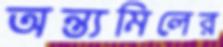
অন্ত্যমিলের